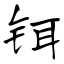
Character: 铒